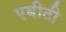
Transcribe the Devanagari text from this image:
एबीटी